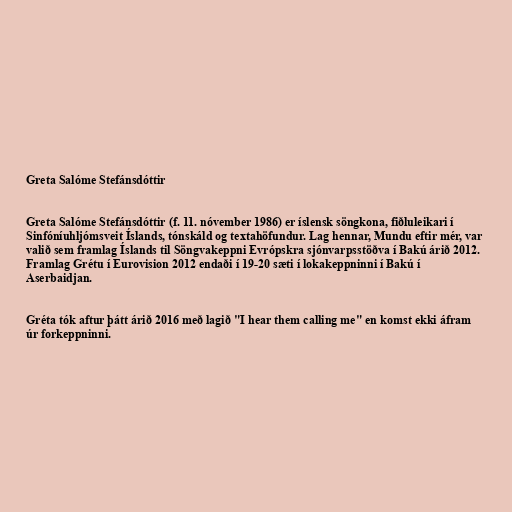
Greta Salóme Stefánsdóttir

Greta Salóme Stefánsdóttir (f. 11. nóvember 1986) er íslensk söngkona, fiðluleikari í
Sinfóníuhljómsveit Íslands, tónskáld og textahöfundur. Lag hennar, Mundu eftir mér, var
valið sem framlag Íslands til Söngvakeppni Evrópskra sjónvarpsstöðva í Bakú árið 2012.
Framlag Grétu í Eurovision 2012 endaði í 19-20 sæti í lokakeppninni í Bakú í
Aserbaidjan.

Gréta tók aftur þátt árið 2016 með lagið "I hear them calling me" en komst ekki áfram
úr forkeppninni.